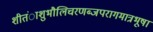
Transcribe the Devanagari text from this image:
शीतंाशुभौलिचरणब्जपरागमात्रभूषा